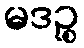
မဒဉ္စ